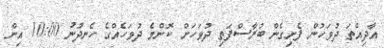
އާދިއްތަ ދުވަހުން ފެށިގެން ބުރާސްފަތި ދުވަހަށް ކޮންމެ ދުވަހެއްގެ ހެނދުނު 10:00 އިން